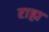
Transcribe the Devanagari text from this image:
राह्म